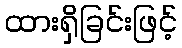
ထားရှိခြင်းဖြင့်